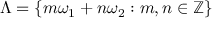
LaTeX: \Lambda = \{ m \omega _ { 1 } + n \omega _ { 2 } : m , n \in \mathbb { Z } \}